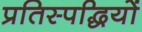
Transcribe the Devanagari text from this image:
प्रतिस्पद्धियों